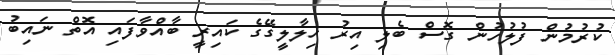
ކުރުމުން ފުލުހުން ގޮސް ބެލި އިރު ހިލާލީގޭގެ ކައިރީ ބާއްވާފައި އޮތް ނައިބު